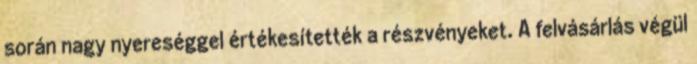
során nagy nyereséggel értékesítették a részvényeket. A felvásárlás végül